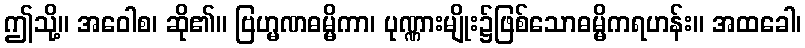
ဤသို့။ အဝေါစ၊ ဆို၏။ ဗြဟ္မဏဓမ္မိကာ၊ ပုဏ္ဏားမျိုး၌ဖြစ်သောဓမ္မိကရဟန်း။ အထခေါ၊